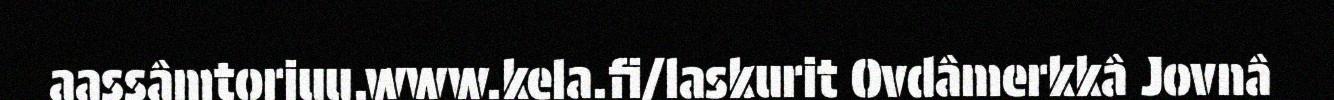
aassâmtorjuu.www.kela.fi/laskurit Ovdâmerkkâ Jovnâ